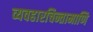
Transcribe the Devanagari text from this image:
व्यवहारचिन्तामाणि